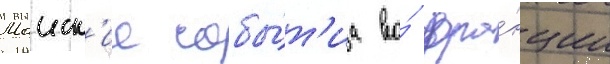
Маиск'ие собы́т'иа во́ фра́нции